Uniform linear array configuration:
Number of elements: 12
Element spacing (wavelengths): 0.5
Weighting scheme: binomial
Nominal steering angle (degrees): -15
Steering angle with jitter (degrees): -13.585
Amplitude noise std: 0.05
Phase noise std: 0.05

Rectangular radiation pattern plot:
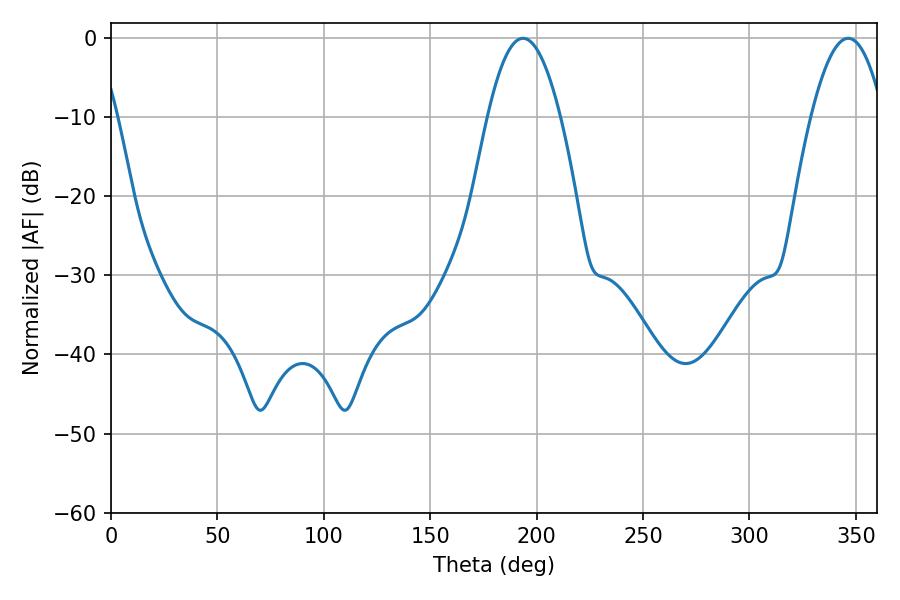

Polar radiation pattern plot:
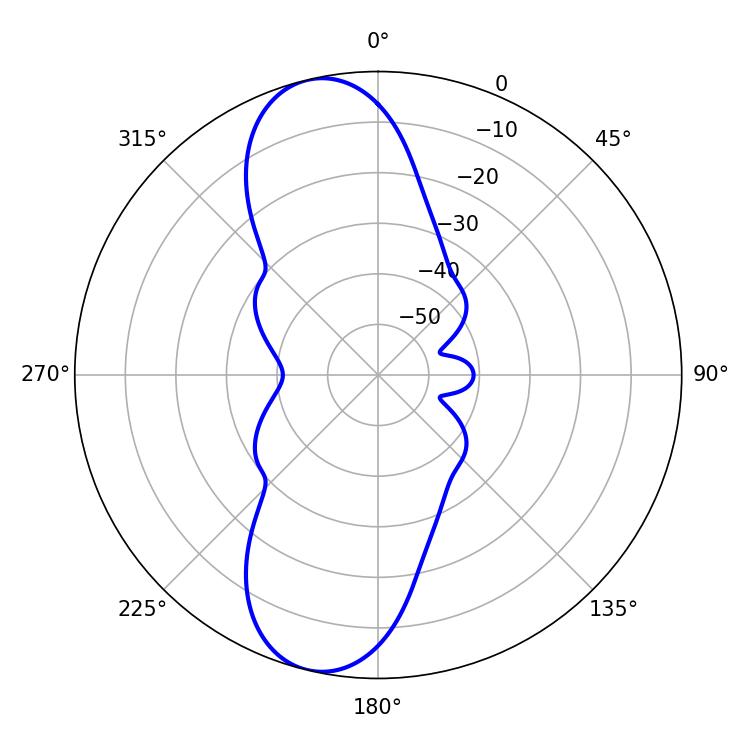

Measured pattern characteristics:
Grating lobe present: FALSE
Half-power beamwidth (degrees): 18.72
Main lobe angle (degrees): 193.68